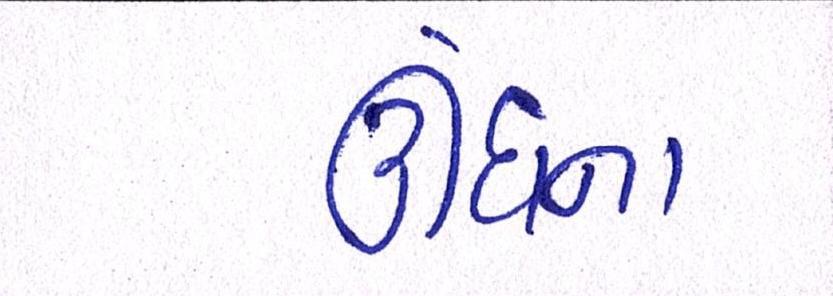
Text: ઊંઘના